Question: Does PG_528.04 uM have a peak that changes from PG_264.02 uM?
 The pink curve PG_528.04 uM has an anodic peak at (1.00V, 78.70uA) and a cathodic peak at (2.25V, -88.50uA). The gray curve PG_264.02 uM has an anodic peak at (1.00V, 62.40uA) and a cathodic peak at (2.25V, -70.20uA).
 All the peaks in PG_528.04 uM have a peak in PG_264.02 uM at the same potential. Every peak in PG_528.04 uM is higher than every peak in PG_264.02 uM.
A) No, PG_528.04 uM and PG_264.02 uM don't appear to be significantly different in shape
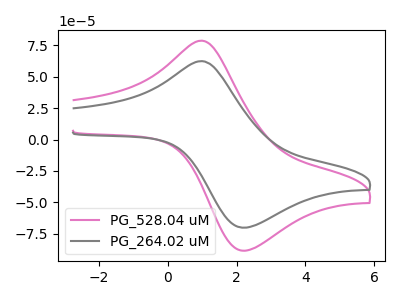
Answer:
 <answer>A) No, "PG_528.04 uM" and "PG_264.02 uM" don't appear to be significantly different in shape</answer>
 <eval>A</eval>